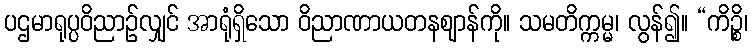
ပဌမာရုပ္ပဝိညာဉ်လျှင် အာရုံရှိသော ဝိညာဏာယတနဈာန်ကို။ သမတိက္ကမ္မ၊ လွန်၍။ “ကိဉ္စိ၊